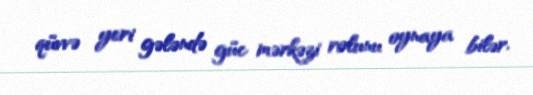
qüvvə yeri gələndə güc mərkəzi rolunu oynaya bilər.